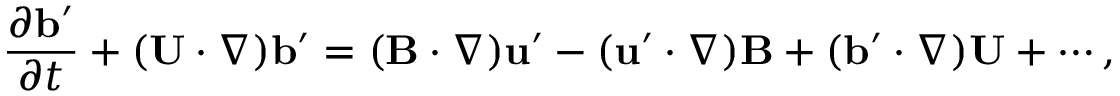
\frac { \partial { \bf { b } } ^ { \prime } } { \partial t } + ( { \bf { U } } \cdot \nabla ) { \bf { b } } ^ { \prime } = ( { \bf { B } } \cdot \nabla ) { \bf { u } } ^ { \prime } - ( { \bf { u } } ^ { \prime } \cdot \nabla ) { \bf { B } } + ( { \bf { b } } ^ { \prime } \cdot \nabla ) { \bf { U } } + \cdots ,